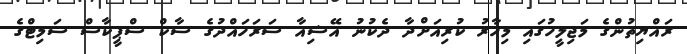
ރައްޔިތުންގެ މަޖިލީހުގައި މިހާރު ކުރިއަށްދާ ދެކުނު އޭޝިއާ ސަރަހައްދުގެ ސާކް ސްޕީކާސް ސަމިޓްގެ